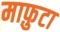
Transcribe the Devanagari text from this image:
माफ़ुटा